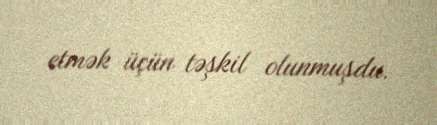
etmək üçün təşkil olunmuşdu.